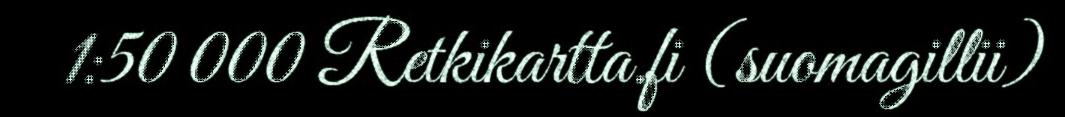
1:50 000 Retkikartta.fi (suomagillii)